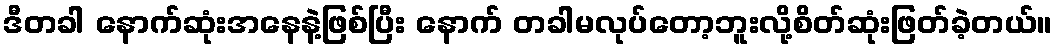
ဒီတခါ နောက်ဆုံးအနေနဲ့ဖြစ်ပြီး နောက် တခါမလုပ်တော့ဘူးလို့စိတ်ဆုံးဖြတ်ခဲ့တယ်။